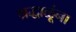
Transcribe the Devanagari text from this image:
श्रद्धाळूंना